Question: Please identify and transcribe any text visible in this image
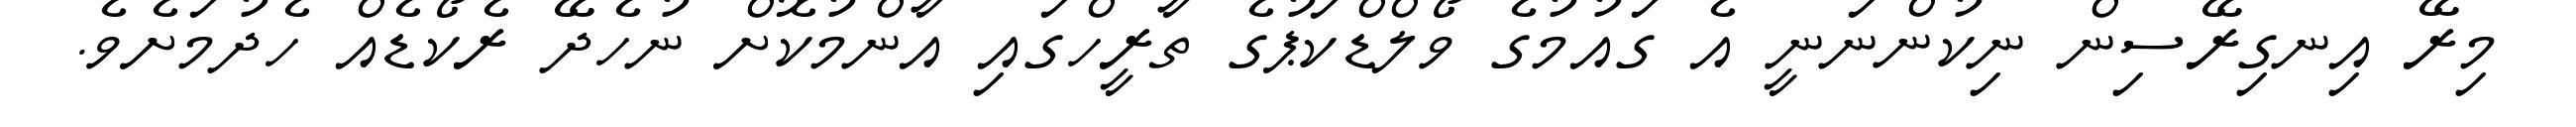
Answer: މިރޭ އިނގިރޭސިން ނިކުންނަނީ އެ ގައުމުގެ ވޯލްޑްކަޕުގެ ތާރީހްގައި އާންމުކޮށް ނުހެދޭ ރެކޯޑެއް ހެދުމަށެވެ.